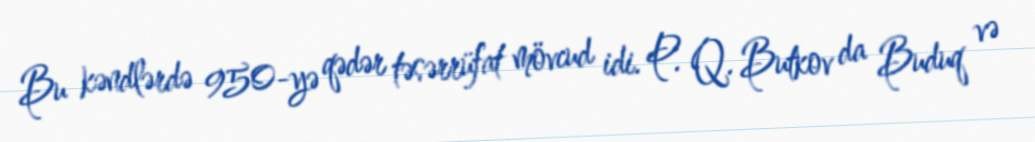
Bu kəndlərdə 950-yə qədər təsərrüfat mövcud idi. P. Q. Butkov da Buduq və